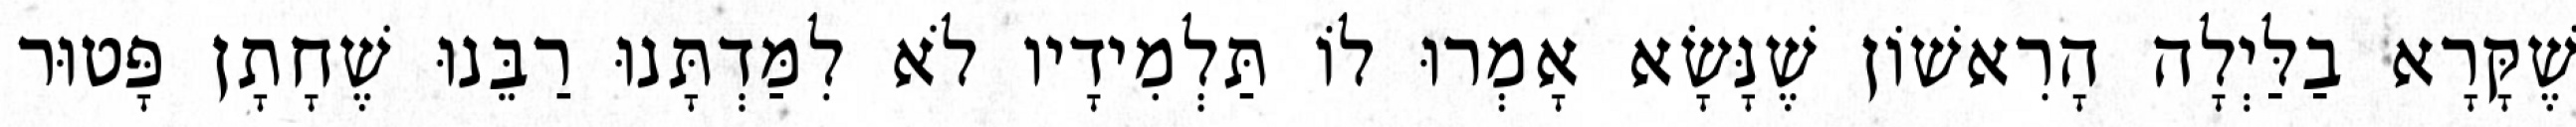
שֶׁקָּרָא בַלַּיְלָה הָרִאשׁוֹן שֶׁנָּשָׂא אָמְרוּ לוֹ תַּלְמִידָיו לֹא לִמַּדְתָּנוּ רַבֵּנוּ שֶׁחָתָן פָּטוּר